Lunatic asylums in Bengal annual reports 1888-1898 - 1888-1898
Year: 1888
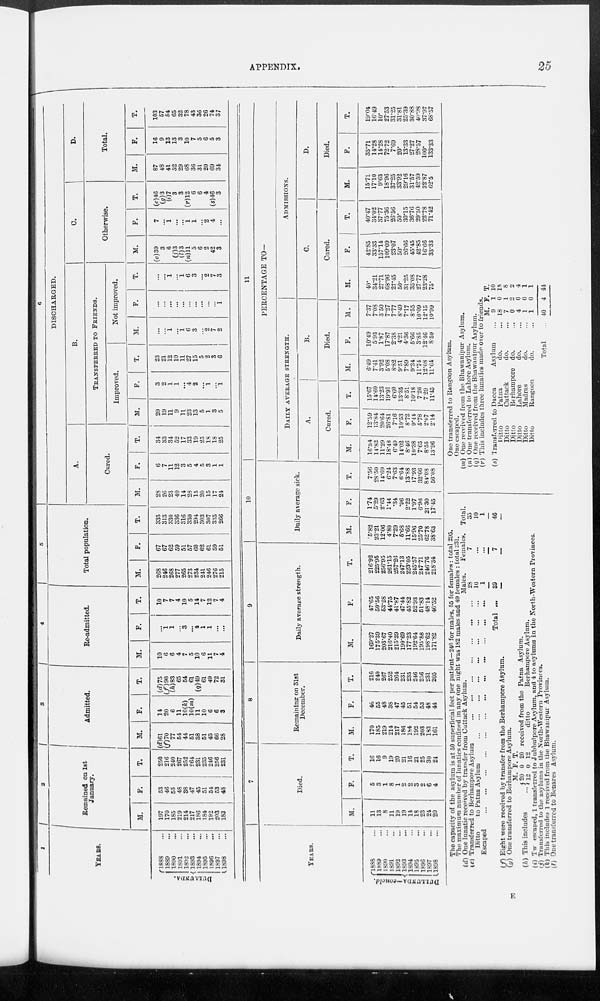
APPENDIX.
25
1
YEARS.
DULLUNDA.
1888 ...
1889 ...
1890 ...
1891 ...
1892 ...
1893 ...
1894 ...
1895 ...
1896 ...
1897 ...
1898 ...
2
Remained on 1st
January.
M.
197
170
185
219
214
217
186
184
192
203
183
F.
53
46
55
48
38
47
45
51
54
53
48
T.
250
216
240
267
252
264
231
235
246
256
231
3
Admitted.
M.
(d)61
(f)70
77
54
44
51
38
51
43
66
28
F.
14
20
6
11
10(k)
10(m)
11
10
6
6
3
T.
(d)75
(f)90
(h)83
65
54
61
(q)49
61
49
72
31
4
Re-admitted.
M.
10
6
6
4
7
5
10
6
11
7
4
F.
...
1
1
...
3
...
4
1
1
...
...
T.
10
7
7
4
10
5
14
7
12
7
4
5
Total population.
M.
268
246
268
277
265
273
234
241
246
276
215
F.
67
67
62
59
51
57
60
62
61
59
51
T.
335
313
330
336
316
330
294
303
307
335
266
6
DISCHARGED.
A.
Cured.
M.
28
26
23
40
14
23
15
20
15
17
24
F.
6
7
11
12
3
5
4
5
3
1
1
T.
34
33
34
52
17
33
19
25
18
18
25
B.
TRANSFERRED TO FRIENDS.
Improved.
M.
20
19
11
9
11
23
13
5
1
3
5
F.
3
2
1
1
...
4
2
...
1
...
1
T.
23
21
12
10
11
27
15
5
2
3
6
Not improved.
M.
...
...
1
...
1
6
3
...
2
7
2
F.
...
...
...
...
...
...
...
...
...
...
1
T.
...
...
1
...
1
6
3
...
2
7
3
C.
Otherwise.
M.
(e)39
3
6
(j)3
(l)3
(n)11
5
6
2
42
3
F.
7
...
1
...
...
1
1
...
2
4
...
T.
(e)46
(g)3
(i)7
3
3
(r)12
6
6
4
(s)46
3
D.
Total.
M.
87
48
41
52
29
68
36
31
20
69
34
F.
16
9
13
13
3
10
7
5
6
5
3
T.
103
57
54
65
32
78
43
36
26
74
37
YEARS.
DULLUNDA—Concld.
1888 ...
1883 ...
1890 ...
1891 ...
1892 ...
1893 ...
1894 ...
1895
...
1896 ...
1897 ...
1898 ...
7
Died.
M.
11
13
8
11
19
19
14
18
23
24
20
F.
5
3
1
8
1
2
2
3
2
6
4
T.
16
16
9
19
20
21
16
21
25
30
24
8
Remaining on 31st
December.
M.
170
185
219
214
217
186
184
192
203
183
161
F.
46
55
48
38
47
45
51
54
53
48
44
T.
216
240
267
252
264
231
235
246
256
231
205
9
Daily average strength.
M.
169.27
175.39
203.67
216.40
215.39
199.69
177.23
192.64
195.88
198.62
171.82
F.
47.65
50.56
53.28
44.75
41.87
47.44
45.82
52.93
51.83
48.14
46.52
T.
216.92
225.95
256.95
261.15
257.26
247.13
223.05
245.57
247.71
246.76
218.34
10
Daily average sick.
M.
5.82
23.21
12.06
4.80
7.29
5.68
11.66
15.96
25.70
62.78
38.63
F.
1.74
5.29
2.63
1.44
.34
.96
2.22
1.97
6.96
21.30
17.45
T.
7.56
28.50
14.69
6.24
7.63
6.64
13.88
17.93
32.66
84.08
56.08
11
PERCENTAGE TO—
DAILY AVERAGE STRENGTH.
A.
Cured.
M.
16.54
14.82
11.29
18.48
6.49
14.02
8.46
10.38
7.65
8.55
13.96
F.
12.59
13.84
20.64
26.81
7.16
10.53
8.72
9.44
5.78
2.07
2.14
T.
15.67
14.60
13.23
19.91
6.60
13.35
8.51
10.18
7.26
7.29
11.45
B.
Died.
M.
6.49
7.41
3.92
5.08
8.82
9.51
7.89
9.34
11.74
12.08
11.64
F.
10.49
5.93
1.87
17.87
2.38
4.21
4.36
5.66
3.85
12.46
8.59
M.
7.37
7.08
3.50
7.27
7.77
8.49
7.17
8.55
10.09
12.15
10.99
ADMISSIONS.
C.
Cured.
M.
40.
34.21
27.71
68.96
27.45
50.
31.25
35.08
27.77
23.28
75.
F.
42.85
33.33
157.14
109.09
23.07
50.
26.66
45.45
42.85
16.66
33.33
T.
40.47
34.02
37.77
75.36
26.56
50.
30.15
36.76
29.50
22.78
71.42
D.
Died.
M.
15.71
17.10
9.63
18.96
37.25
33.92
29.16
31.57
42.59
32.87
62.5
F.
35.71
14.28
14.28
72.72
7.69
20.
13.33
27.27
28.57
100.
133.33
T.
19.04
16.49
10.
27.53
31.25
31.81
25.39
30.88
40.98
37.97
68.57
The capacity of the asylum is at 50 superficial feet per patient—240 for males, 55 for females : total 295.
The maximum number of lunatics confined in any one night was 182 males and 49 females : total 231.
(d) One lunatic received by transfer from Cuttack Asylum.
(e) Transferred to Berhampore Asylum
. ... ... ...
Ditto
to Patna Asylum
Escaped
...
...
...
...
Total ...
Males.
28
10
1
39
Females.
7
...
...
7
Total
35
10
1
46
(f) Eight were received by transfer from the Berhampore Asylum.
(g) One transferred to Berhampore Asylum.
(h) This includes
M.
20
12
F.
0
0
T.
20
12
received from the Patna Asylum.
ditto
Berhampore Asylum.
(i) Two escaped, 1 transferred to Jubbulpore Asylum, and 4 to asylums in the North-Western Provinces.
(j) Transferred to the asylums in the North-Western Provinces.
(k) This includes 1 received from the Bhawanipur Asylum.
(l) One transferred to Benares Asylum.
One transferred to Rangoon Asylum.
One escaped.
(M) One received from the Bhawanipur Asylum.
(N) One transferred to Lahore Asylum.
(q) One received from the Bhawanipur Asylum.
(r) This includes three lunatics made over to friends.
(s) Transferred to Dacca
Asylum ...
Ditto
Patna
do. ...
Ditto
Cuttack
do. ...
Ditto
Berhampore do. ...
Ditto
Lahore
do. ...
Ditto
Madras
do. ...
Ditto
Rangoon
do. ...
Total ...
M.
9
18
7
0
4
1
1
40
F.
1
0
1
2
0
0
0
4
T.
10
18
8
2
4
1
1
44
E